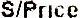
S/PRICE